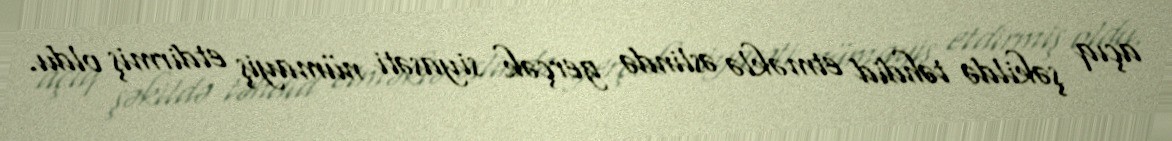
açıq şəkildə təhdid etməklə əslində gerçək siyasəti nümayiş etdirmiş oldu.